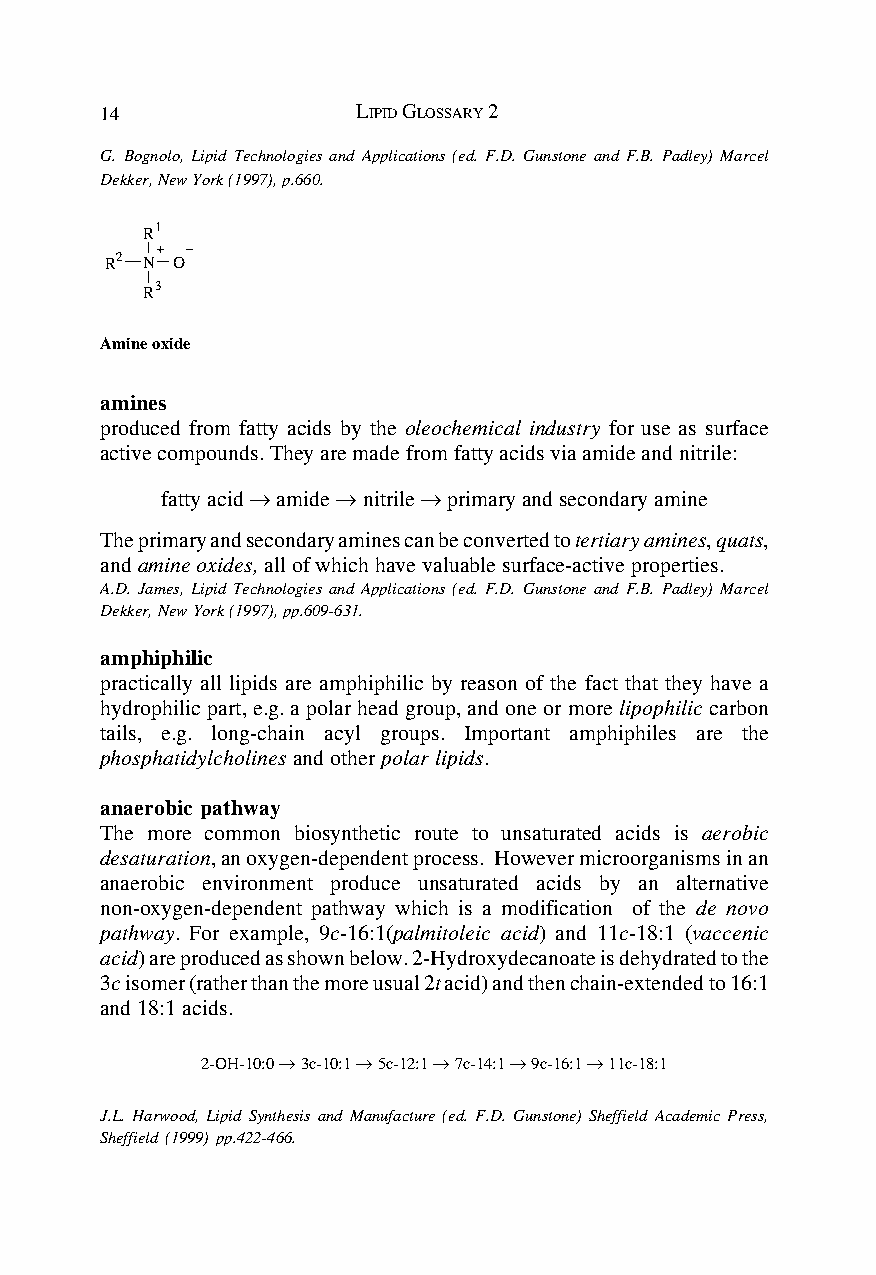
14               LIPID GLOSSARY 2
 G. Bognolo, Lipid Technologies and Applications (ed. F.D. Gunstone and F.B. Padley) Marcel
 Dekker, New York (1997), p.660.
 R1
 R2 N O
 R3
 Amine oxide
 amines
 produced from fatty acids by the oleochemical industry for use as surface
 active compounds. They are made from fatty acids via amide and nitrile:
 fatty acid → amide → nitrile → primary and secondary amine
 The primary and secondary amines can be converted to tertiary amines, quats,
 and amine oxides, all of which have valuable surface-active properties.
 A.D. James, Lipid Technologies and Applications (ed. F.D. Gunstone and F.B. Padley) Marcel
 Dekker, New York (1997), pp.609-631.
 amphiphilic
 practically all lipids are amphiphilic by reason of the fact that they have a
 hydrophilic part, e.g. a polar head group, and one or more lipophilic carbon
 tails, e.g. long-chain acyl groups. Important amphiphiles are the
 phosphatidylcholines and other polar lipids.
 anaerobic pathway
 The more common biosynthetic route to unsaturated acids is aerobic
 desaturation, an oxygen-dependent process. However microorganisms in an
 anaerobic environment produce unsaturated acids by an alternative
 non-oxygen-dependent pathway which is a modification of the de novo
 pathway. For example, 9c-16:1(palmitoleic acid) and 11c-18:1 (vaccenic
 acid) are produced as shown below. 2-Hydroxydecanoate is dehydrated to the
 3c isomer (rather than the more usual 2t acid) and then chain-extended to 16:1
 and 18:1 acids.
 2-OH-10:0 → 3c-10:1 → 5c-12:1 → 7c-14:1 → 9c-16:1 → 11c-18:1
 J.L. Harwood, Lipid Synthesis and Manufacture (ed. F.D. Gunstone) Sheffield Academic Press,
 Sheffield (1999) pp.422-466.